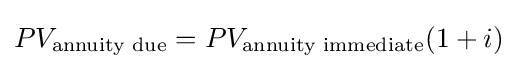
PV_{\text{annuity due}}=PV_{\text{annuity immediate}}(1+i)\,\!